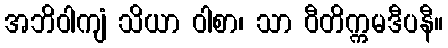
အဘိဝါကျံ သိယာ ဝါစာ၊ သာ ဝီတိက္ကမဒီပနီ။